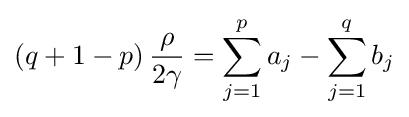
(q+1-p)\,{\rho  \over 2\gamma }=\sum _{j=1}^{p}a_{j}-\sum _{j=1}^{q}b_{j}